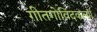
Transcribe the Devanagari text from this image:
गीतगोविंदकर्त्या